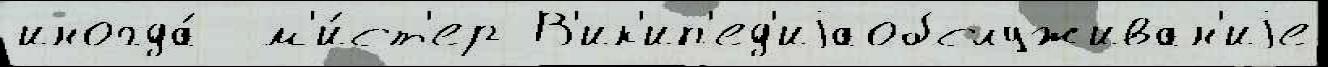
иногда́  м'и́ст'ер В'ик'ип'ед'иjаобслуживан'иjе